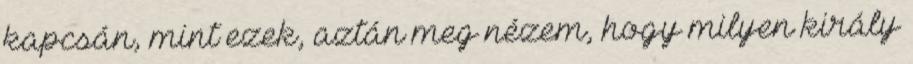
kapcsán, mint ezek, aztán meg nézem, hogy milyen király